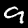
Label: 9